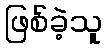
ဖြစ်ခဲ့သူ